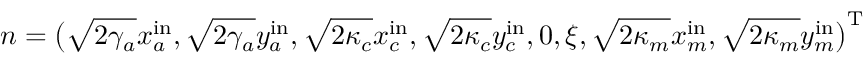
n = \big ( \sqrt { 2 \gamma _ { a } } x _ { a } ^ { \mathrm { i n } } , \sqrt { 2 \gamma _ { a } } y _ { a } ^ { \mathrm { i n } } , \sqrt { 2 \kappa _ { c } } x _ { c } ^ { \mathrm { i n } } , \sqrt { 2 \kappa _ { c } } y _ { c } ^ { \mathrm { i n } } , 0 , \xi , \sqrt { 2 \kappa _ { m } } x _ { m } ^ { \mathrm { i n } } , \sqrt { 2 \kappa _ { m } } y _ { m } ^ { \mathrm { i n } } \big ) ^ { \mathrm { T } }